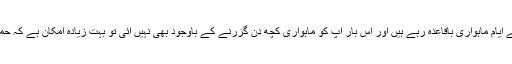
سو اگر آپ کے ایام ماہواری باقاعدہ رہے ہیں اور اس بار آپ کو ماہواری کچھ دن گزرنے کے باوجود بھی نہیں آئی تو بہت زیادہ امکان ہے کہ حمل ٹھہر گیا ہو۔